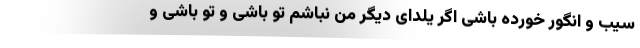
سیب و انگور خورده باشی اگر یلدای دیگر من نباشم تو باشی و تو باشی و